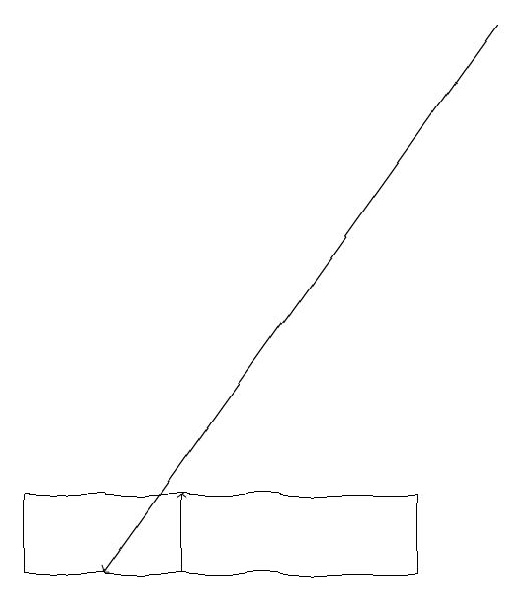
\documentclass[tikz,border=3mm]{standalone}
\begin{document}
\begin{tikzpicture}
\draw[->] (7,18) -- (2,11);
\draw[->] (3,11) -- (3,12);
\draw (6,11) rectangle (1,12);
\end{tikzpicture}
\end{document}